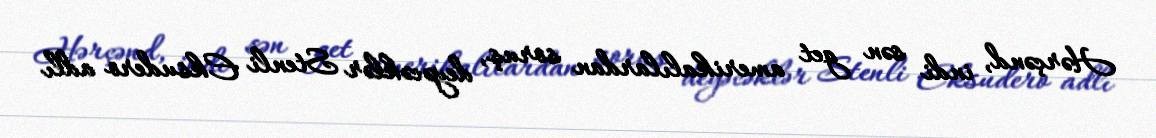
Hərçənd, indi sən get amerikalılardan soruş, deyəcəklər Stenli Eksudero adlı